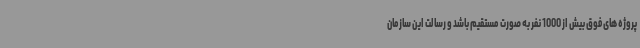
پروژه های فوق بیش از 1000 نفر به صورت مستقیم باشد و رسالت این سازمان